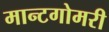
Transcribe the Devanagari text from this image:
मान्टगोमरी